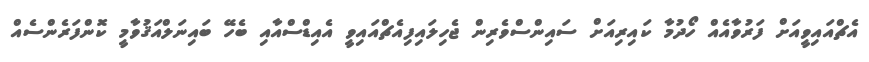
އެޗްއައިވީއަށް ފަރުވާއެއް ހޯދުމާ ކައިރިއަށް ސައިންސްވެރިން ޖެހިލައިފިއެޗްއައިވީ އެއިޑްސްއާއި ބެހޭ ބައިނަލްއަޤުވާމީ ކޮންފަރެންސެއް